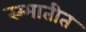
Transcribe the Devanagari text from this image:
स्म्भातीत